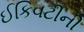
ઈકિવટીની